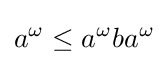
a^{\omega }\leq a^{\omega }ba^{\omega }